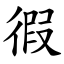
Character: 徦